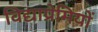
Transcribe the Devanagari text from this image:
विद्याप्रेमियों